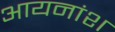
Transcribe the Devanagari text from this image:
आयनांश